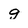
Character: g